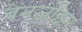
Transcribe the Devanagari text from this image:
बेनज़ोइन